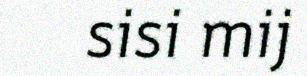
sisi mij